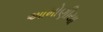
આમોણીયા